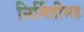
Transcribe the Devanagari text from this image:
निर्मितीसह